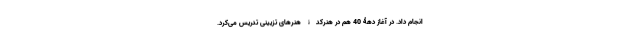
انجام داد. در آغاز دهۀ 40 هم در هنرکدۀ هنرهای تزیینی تدریس می‌کرد.